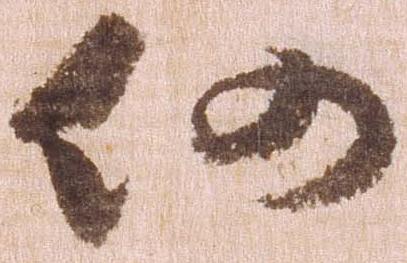
仍